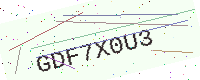
Text: GDF7X0U3